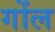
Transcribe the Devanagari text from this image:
गोंल